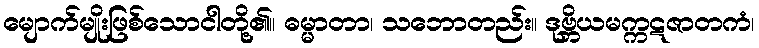
မျောက်မျိုးဖြစ်သောငါတို့၏။ ဓမ္မာတာ၊ သဘောတည်း။ ဒုဗ္ဘိယမက္ကဋဇာတကံ၊